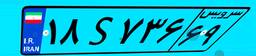
۱۸S۷۳۶۶۹